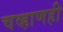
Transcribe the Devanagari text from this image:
चव्हाणही